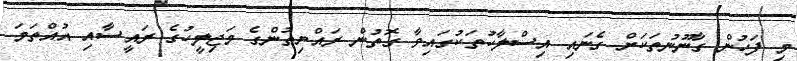
މި ފަހުން ގާނޫނުތަކަށް ގެނައި އިސްލާހުތަކުގައިވާ ގޮތުން ރައްޔިތުންގެ މަޖިލީހުގެ ރައީސާއި އުއްތަމަ